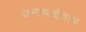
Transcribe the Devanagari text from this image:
जनाबाईंचाच